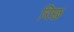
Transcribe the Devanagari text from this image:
रिछ